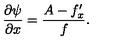
\frac { \partial \psi } { \partial x } = \frac { A - f _ { x } ^ { \prime } } { f } .